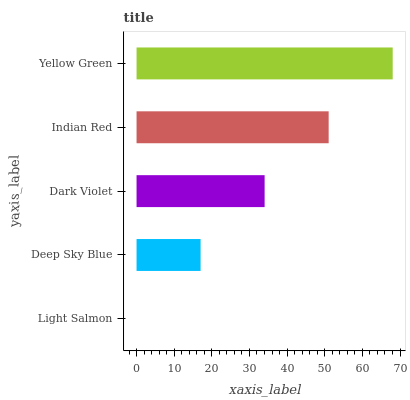
| yaxis_label | bars |
 | --- | --- |
 | Light Salmon | 0 |
 | Deep Sky Blue | 17 |
 | Dark Violet | 34 |
 | Indian Red | 51 |
 | Yellow Green | 68.1 |